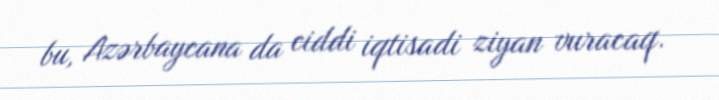
bu, Azərbaycana da ciddi iqtisadi ziyan vuracaq.